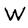
Character: W